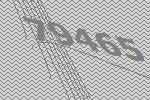
79465